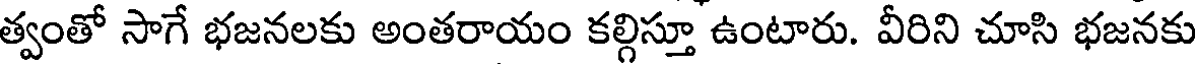
త్వంతో సాగే భజనలకు అంతరాయం కల్గిస్తూ ఉంటారు. వీరిని చూసి భజనకు